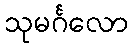
သုမင်္ဂလော